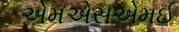
એમએસએમઈ